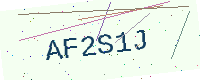
Text: AF2S1J